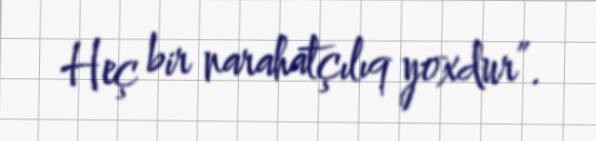
Heç bir narahatçılıq yoxdur”.